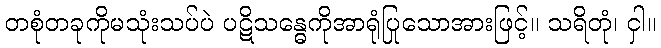
တစုံတခုကိုမသုံးသပ်ပဲ ပဋိသန္ဓေကိုအာရုံပြုသောအားဖြင့်။ သရိတုံ၊ ငှါ။